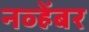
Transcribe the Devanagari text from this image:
नव्हेंबर